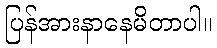
ပြန်အားနာနေမိတာပါ။